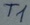
Text: T1